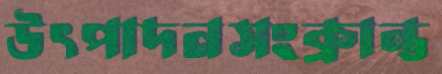
উৎপাদনসংক্রান্ত